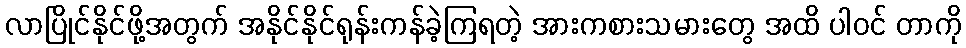
လာပြိုင်နိုင်ဖို့အတွက် အနိုင်နိုင်ရုန်းကန်ခဲ့ကြရတဲ့ အားကစားသမားတွေ အထိ ပါဝင် တာကို